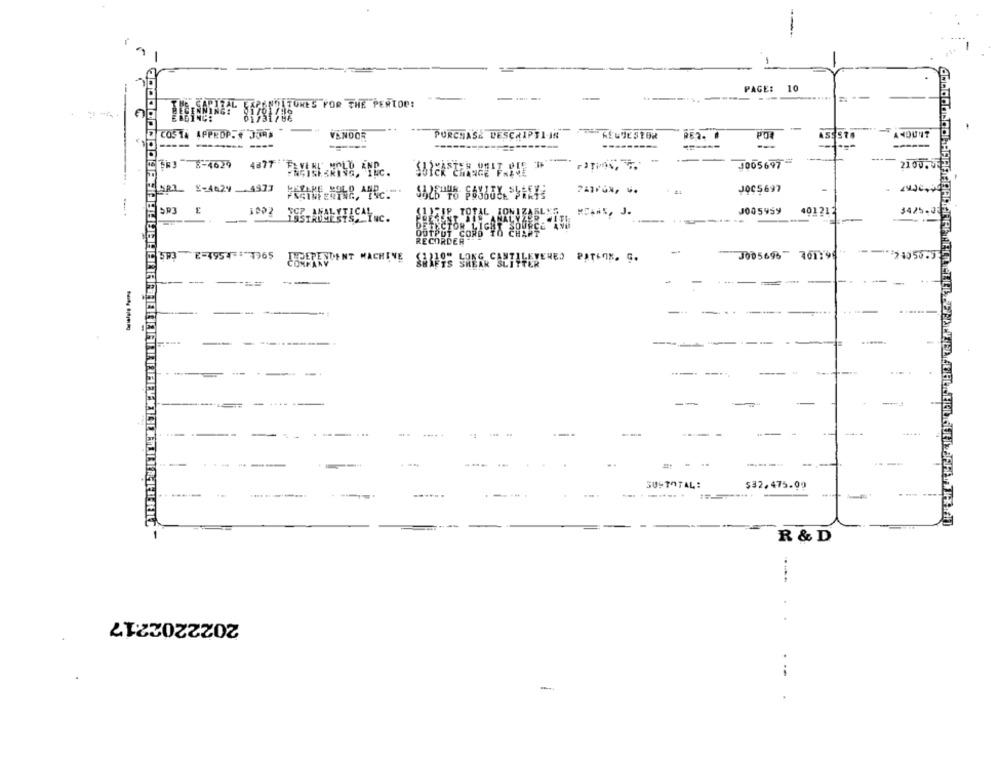
1
-
PAGE: 10
----
----
-.......
FUMES FOR THE PERIOD!
COSTA APPROPTE JURA
VENDOR
PURCHASE DESCRIPEL-IN
POR
ASSSTA
--------
------
-
----
3 8-4629
4877
J005697
2100. U.
ARL £:4629 _4977
PATVON, 4.
JOC5697
SR3
1002
SCP ANALYTICAL
FUP. TOTAL JONIZABLEE.
J005959
401212
3425.05
ISSTRICTESTS, INC.
ANALYZ
---
RECORDER
-
593 E-49547965
JECEPESDE NT MACHINE
J005696 76119
24050.5
-==
--
-
--
-
---
-
----.
SUSTOTAL:
$32.475.00
------
R & D
2022202217
-